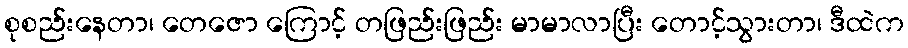
စုစည်းနေတာ၊ တေဇော ကြောင့် တဖြည်းဖြည်း မာမာလာပြီး တောင့်သွားတာ၊ ဒီထဲက